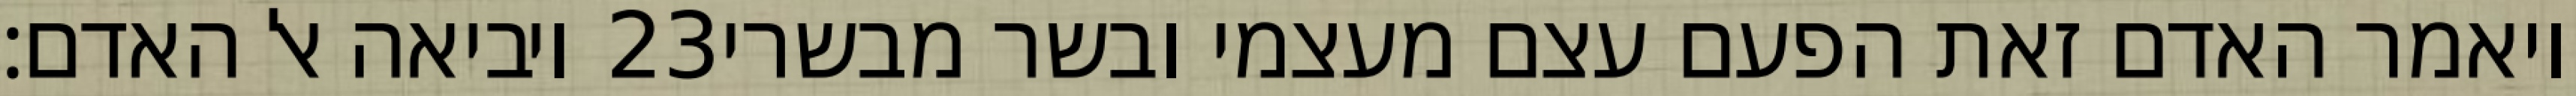
ויביאה אל האדם׃ ‎23‏ ויאמר האדם זאת הפעם עצם מעצמי ובשר מבשרי